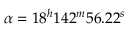
\alpha = 1 8 ^ { h } 1 4 2 ^ { m } 5 6 . 2 2 ^ { s }